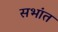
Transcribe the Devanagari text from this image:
सभांत